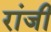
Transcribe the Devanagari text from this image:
रांजी